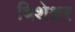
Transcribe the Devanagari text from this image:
बिशेश्वर